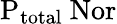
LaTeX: \mathrm{P_{total}\ Nor}